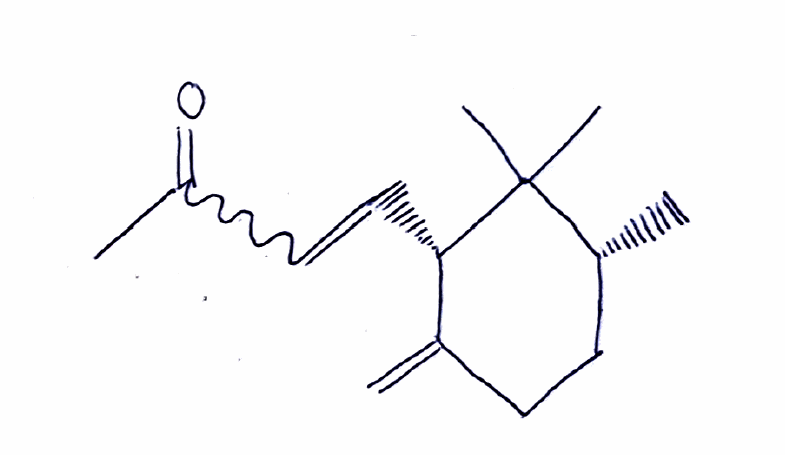
Simplified molecular-input line-entry system (SMILES) notation of the given molecule:
C[C@@H]1CCC(=C)[C@@H](C1(C)C)C=CC(=O)C